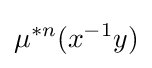
\mu ^{*n}(x^{-1}y)